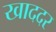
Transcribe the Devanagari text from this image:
खाददर